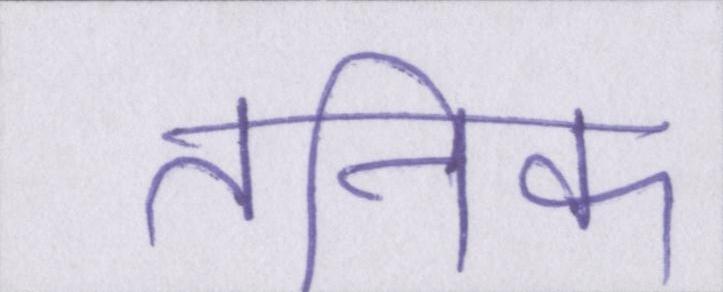
तनिक